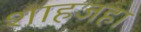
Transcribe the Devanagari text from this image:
शाहजहा